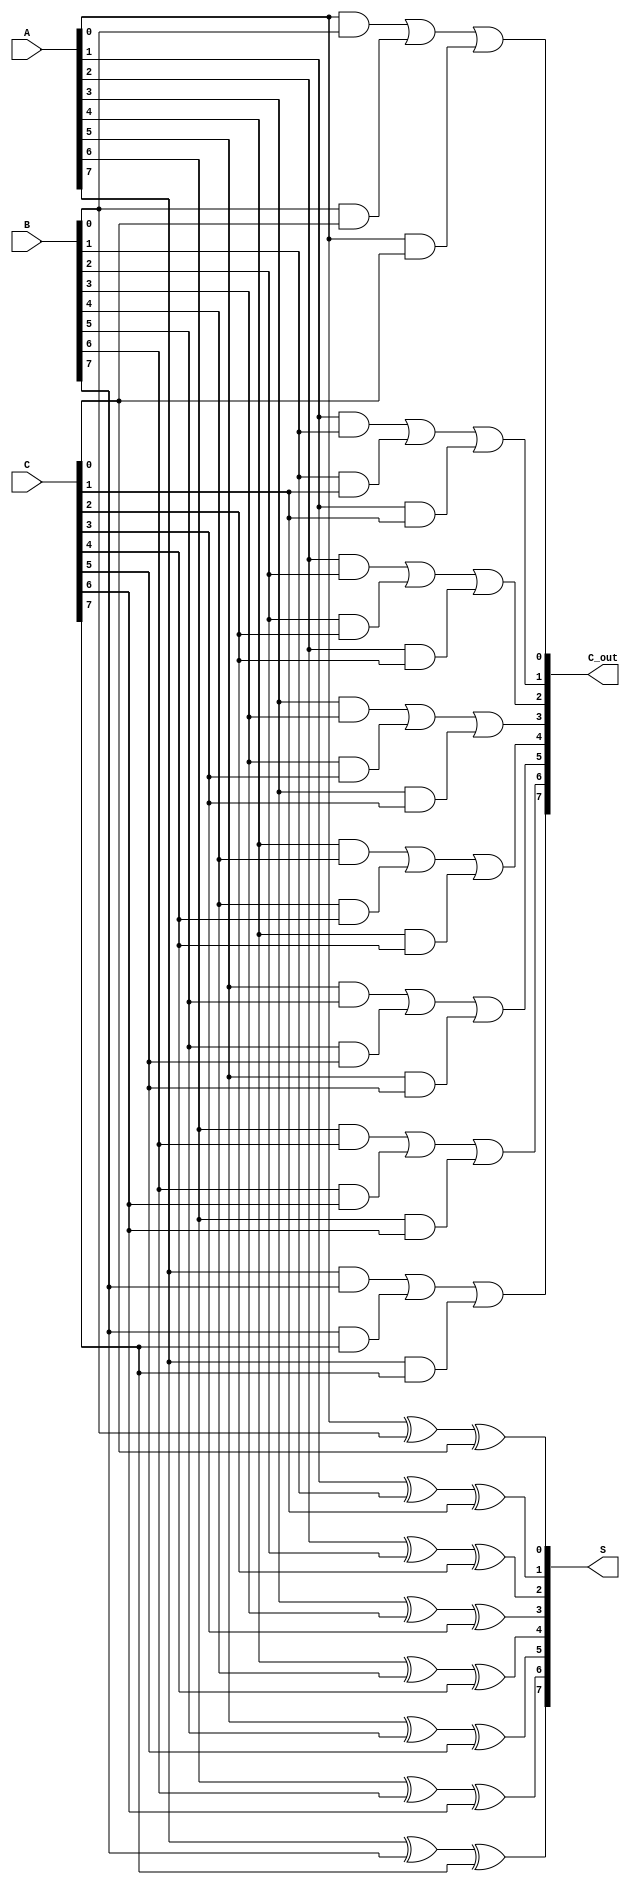
module carry_save_adder #(parameter n = 8) (
    input  [n-1:0] A,  // First input operand
    input  [n-1:0] B,  // Second input operand
    input  [n-1:0] C,  // Third input operand
    output [n-1:0] S,  // Sum output
    output [n-1:0] C_out // Carry output
);

// Generate the Sum (S) as the XOR of A, B, and C
genvar i;
generate
    for (i = 0; i < n; i = i + 1) begin : sum_generation
        assign S[i] = A[i] ^ B[i] ^ C[i];       // Sum calculation
    end
endgenerate

// Generate the Carry (C_out) using the majority function
generate
    for (i = 0; i < n; i = i + 1) begin : carry_generation
        assign C_out[i] = (A[i] & B[i]) | (B[i] & C[i]) | (A[i] & C[i]); // Carry calculation
    end
endgenerate

endmodule